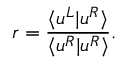
r = \frac { \langle u ^ { L } | u ^ { R } \rangle } { \langle u ^ { R } | u ^ { R } \rangle } .